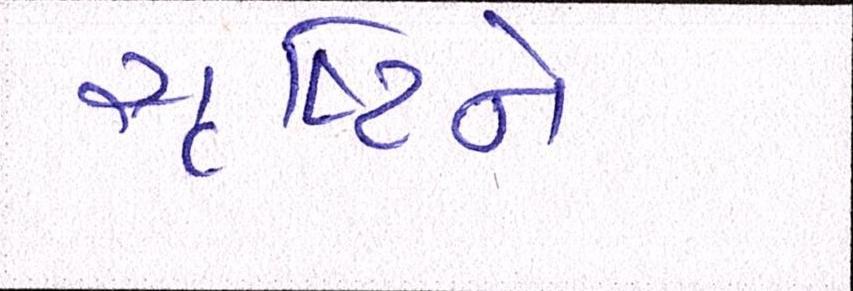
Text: સૃષ્ટિને